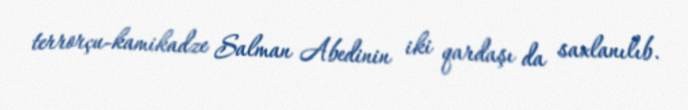
terrorçu-kamikadze Salman Abedinin iki qardaşı da saxlanılıb.